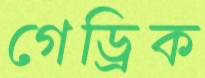
গেড্রিক